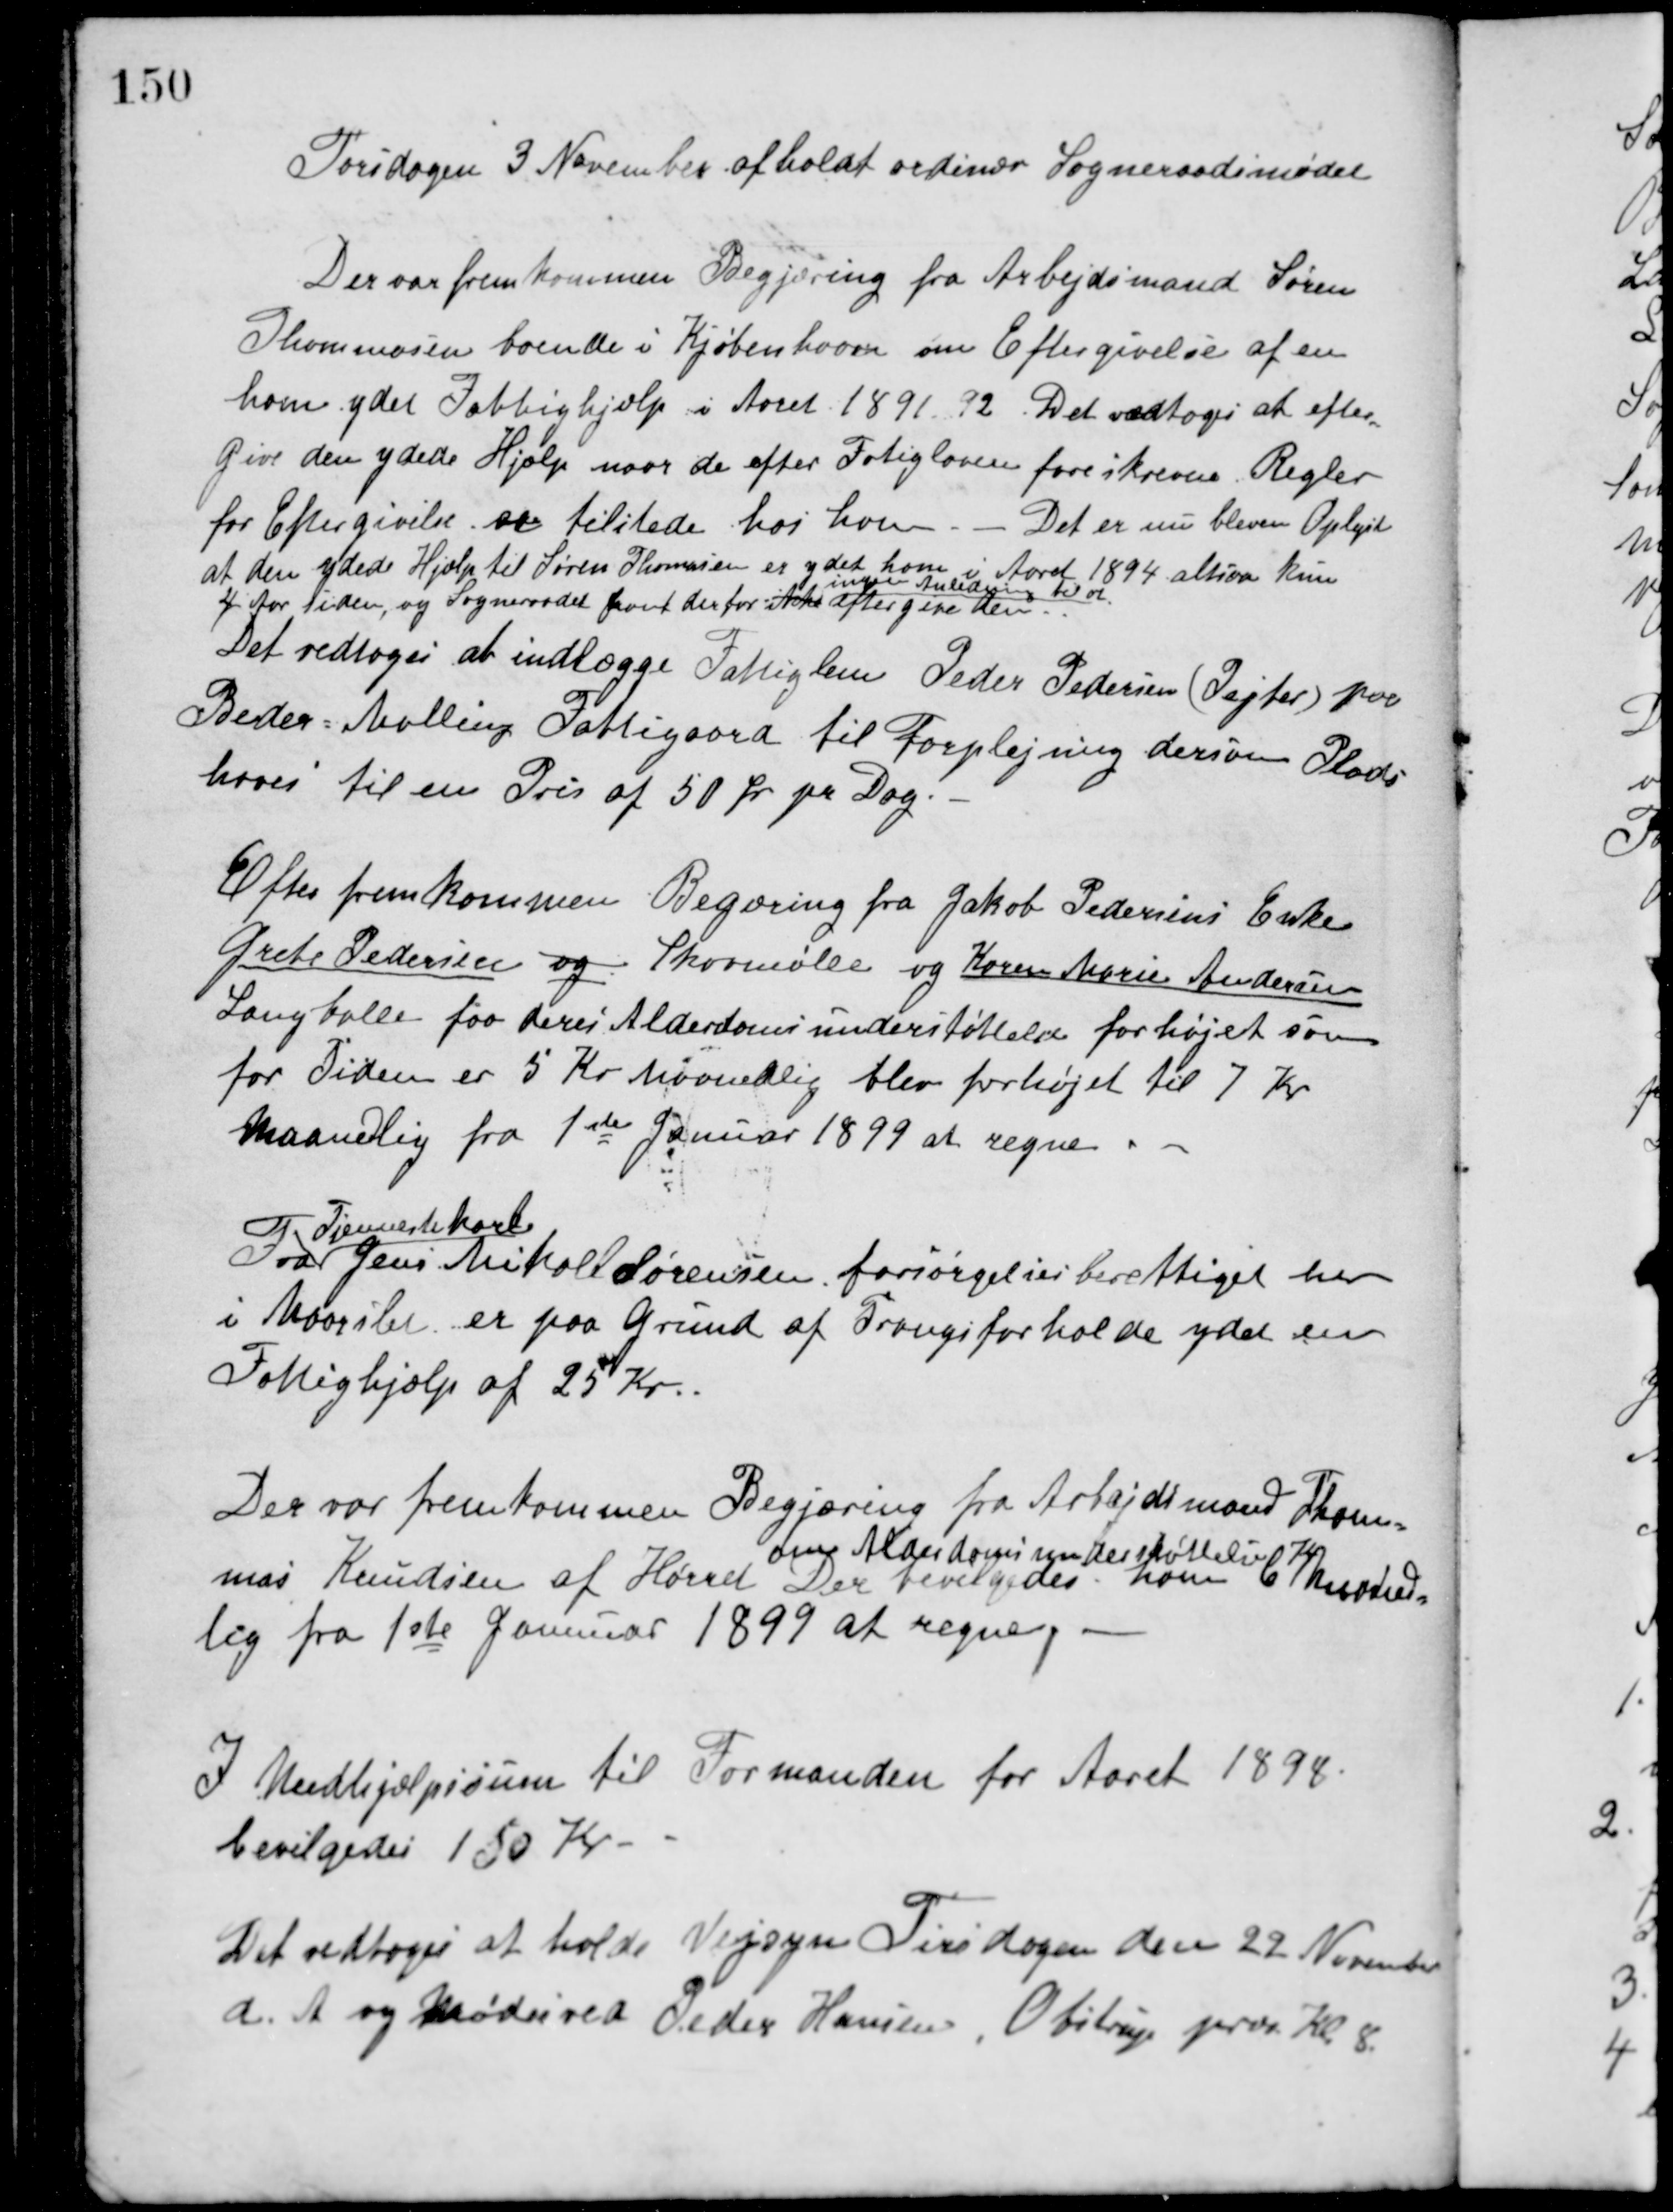
Transskription:
Torsdagen 3. November afholdt ordinær Sogneraadsmødet
Der var fremkommen Begjæring fra Arbejdsmand Søren
Thommasen boende i Kjøbenhavn om Eftergivelse af en
ham ydet Fattighjælp i Aaret 1891-92. Det vedtoges at efter-
give den ydede Hjælp naar de efter Fatigloven foreskrevne. Regler
for Eftergivelse er tilstede hos ham. - Det er nu bleven Oplyst
at den ydede Hjælp til Søren Thomasen er ydet ham i Aaret 1894 altsaa kun
4 Aar siden, og Sogneraadet havt derfor ikke
ingen Anledning til at
eftergive den.
Det vedtoges at indlægge Fattiglem Peder Pedersen (Pejter) paa
Beder-Malling Fattigaard til Forplejning dersom Plads
haves til en Pris af 50 Øre pr. Dag.
Efter fremkommen Begæring fra Jakob Pedersens Enke
Grete Pedersen og Skovmølle og Karen Marie Andersen
Langballe faa deres Alderdomsunderstøttelse forhøjet som
for Tiden er 5 Kr. Maanedlig blev forhøjet til 7 Kr.
Maanedlig fra 1ste Januar 1899 at regne.
Fra
Tjenestekarl
Jens Mikael Sørensen forsørgelsesberettiget her
i Maarslet er paa Grund af Trangsforholde ydet en
Fattighjælp af 25 Kr.
Der var fremkommen Begjæring fra Arbejdsmand Thom-
mas Knudsen af Hørret
om Alderdomsunderstøttelse
Der bevilgedes ham
6 Kr. Maaned-
lig fra 1ste Januar 1899 at regne.
I Medhjælpssum til Formanden for Aaret 1898.
bevilgedes 150 Kr.
Det vedtoges at holde Vejsyn Tirsdagen den 22 November
d. A. og Mødes ved Peder Hansen, Obstrup præs. Kl. 8.